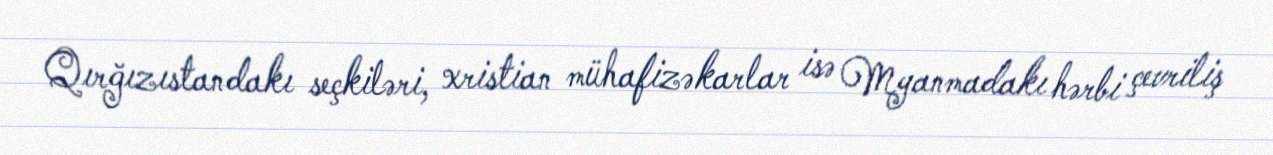
Qırğızıstandakı seçkiləri, xristian mühafizəkarlar isə Myanmadakı hərbi çevriliş